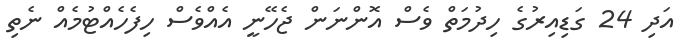
އަދި 24 ގަޑިއިރުގެ ހިދުމަތް ވެސް އޮންނަން ޖެހޭނީ އެއްވެސް ހިފެހެއްޓުމެއް ނެތި